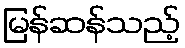
မြန်ဆန်သည့်